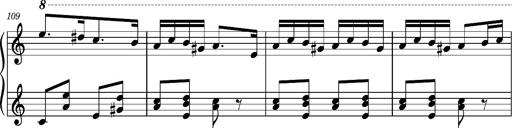
Title: Ungarischer Romanzero
Composer: Franz Liszt